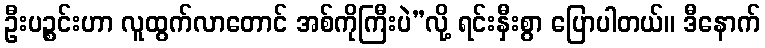
ဦးပဉ္စင်းဟာ လူထွက်လာတောင် အစ်ကိုကြီးပဲ”လို့ ရင်းနှီးစွာ ပြောပါတယ်။ ဒီနောက်